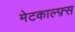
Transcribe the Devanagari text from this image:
मेटकाल्फ़्स